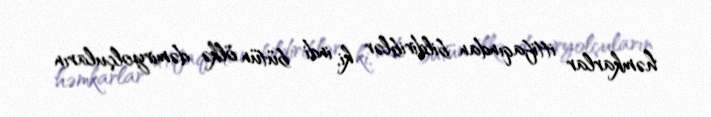
həmkarlar ittifaqından bildiriblər ki, indi bütün ölkə dəmiryolçuların